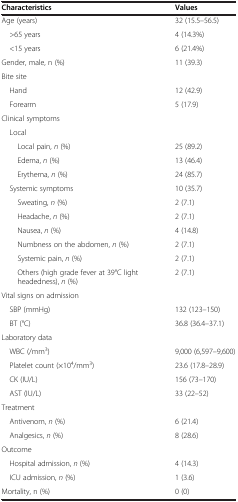
<table><thead><tr><td><b>Characteristics</b></td><td><b>Values</b></td></tr></thead><tbody><tr><td>Age (years)</td><td>32 (15.5–56.5)</td></tr><tr><td> &gt;65 years</td><td>4 (14.3%)</td></tr><tr><td> &lt;15 years</td><td>6 (21.4%)</td></tr><tr><td>Gender, male, n (%)</td><td>11 (39.3)</td></tr><tr><td>Bite site</td><td></td></tr><tr><td> Hand</td><td>12 (42.9)</td></tr><tr><td> Forearm</td><td>5 (17.9)</td></tr><tr><td>Clinical symptoms</td><td></td></tr><tr><td> Local</td><td></td></tr><tr><td>Local pain, <i>n</i> (%)</td><td>25 (89.2)</td></tr><tr><td>Edema, <i>n</i> (%)</td><td>13 (46.4)</td></tr><tr><td>Erythema, <i>n</i> (%)</td><td>24 (85.7)</td></tr><tr><td> Systemic symptoms</td><td>10 (35.7)</td></tr><tr><td>Sweating, <i>n</i> (%)</td><td>2 (7.1)</td></tr><tr><td>Headache, <i>n</i> (%)</td><td>2 (7.1)</td></tr><tr><td>Nausea, <i>n</i> (%)</td><td>4 (14.8)</td></tr><tr><td>Numbness on the abdomen, <i>n</i> (%)</td><td>2 (7.1)</td></tr><tr><td>Systemic pain, <i>n</i> (%)</td><td>2 (7.1)</td></tr><tr><td>Others (high grade fever at 39°C light headedness), <i>n</i> (%)</td><td>2 (7.1)</td></tr><tr><td>Vital signs on admission</td><td></td></tr><tr><td> SBP (mmHg)</td><td>132 (123–150)</td></tr><tr><td> BT (°C)</td><td>36.8 (36.4–37.1)</td></tr><tr><td>Laboratory data</td><td></td></tr><tr><td> WBC (/mm<sup>3</sup>)</td><td>9,000 (6,597–9,600)</td></tr><tr><td> Platelet count (×10<sup>4</sup>/mm<sup>3</sup>)</td><td>23.6 (17.8–28.9)</td></tr><tr><td> CK (IU/L)</td><td>156 (73–170)</td></tr><tr><td> AST (IU/L)</td><td>33 (22–52)</td></tr><tr><td>Treatment</td><td></td></tr><tr><td> Antivenom, <i>n</i> (%)</td><td>6 (21.4)</td></tr><tr><td> Analgesics, <i>n</i> (%)</td><td>8 (28.6)</td></tr><tr><td>Outcome</td><td></td></tr><tr><td> Hospital admission, <i>n</i> (%)</td><td>4 (14.3)</td></tr><tr><td> ICU admission, <i>n</i> (%)</td><td>1 (3.6)</td></tr><tr><td>Mortality, n (%)</td><td>0 (0)</td></tr></tbody></table>